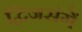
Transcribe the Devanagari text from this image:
द्विजसंगें